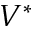
V ^ { * }